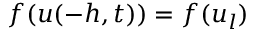
f ( u ( - h , t ) ) = f ( u _ { l } )